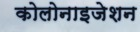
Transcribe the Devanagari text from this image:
कोलोनाइजेशन